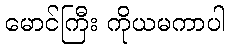
မောင်ကြီး ကိုယမကာပါ